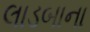
લાડબાના